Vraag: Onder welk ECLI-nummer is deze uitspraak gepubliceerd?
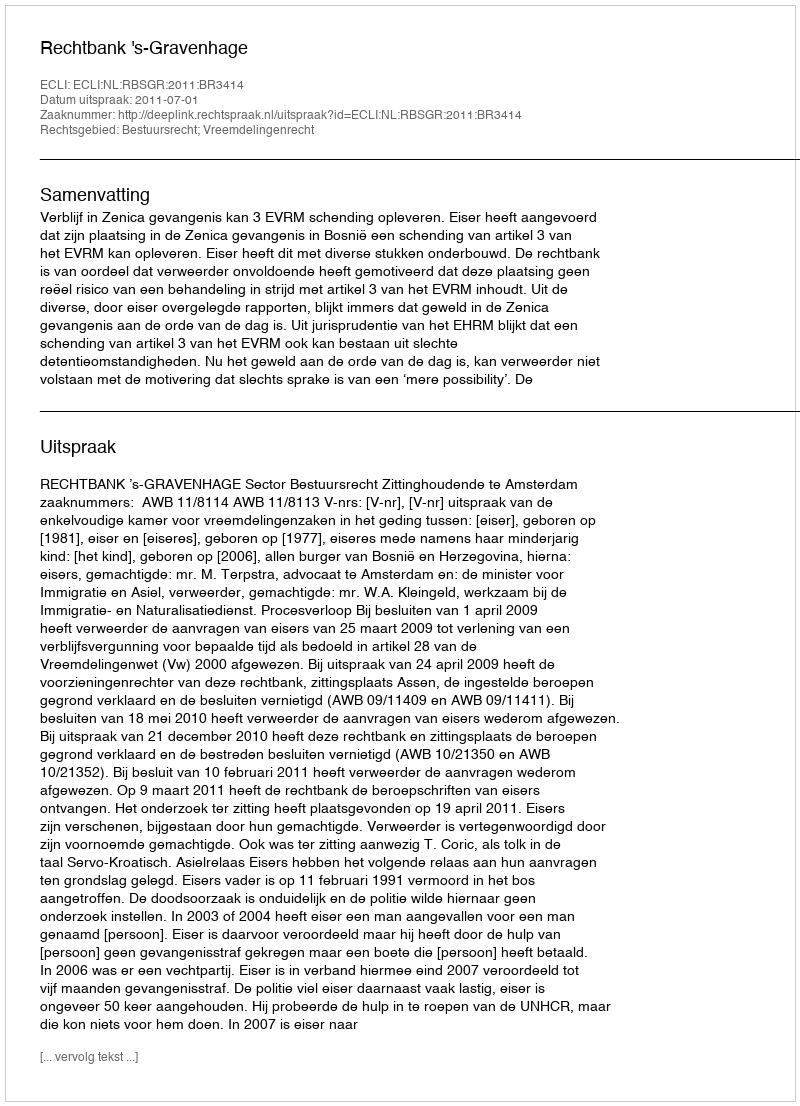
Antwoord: ECLI:NL:RBSGR:2011:BR3414